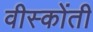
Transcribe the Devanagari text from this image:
वीस्कोंती